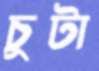
চুটা